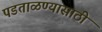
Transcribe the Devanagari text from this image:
पडताळण्यासाठी